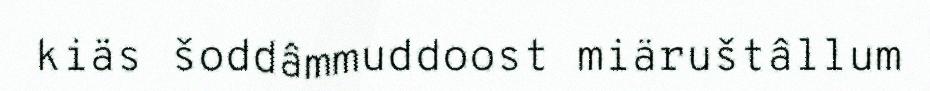
kiäs šoddâmmuddoost miäruštâllum